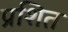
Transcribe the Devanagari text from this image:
प्रशित